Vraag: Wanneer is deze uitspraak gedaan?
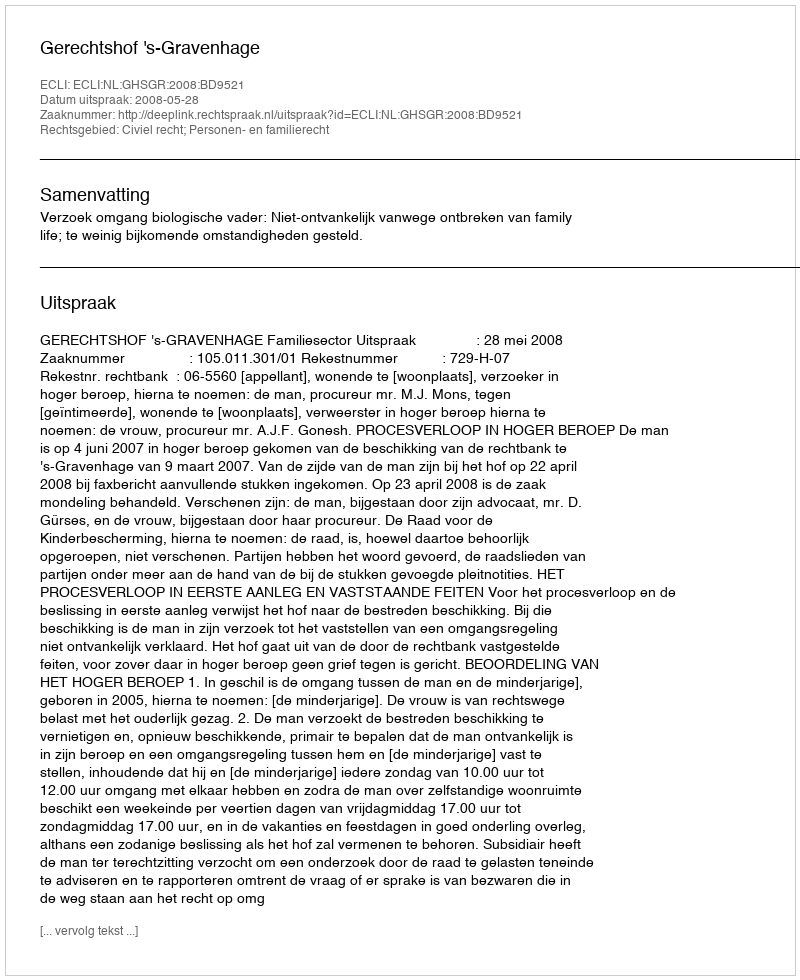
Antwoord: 2008-05-28